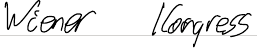
Wiener Kongress